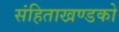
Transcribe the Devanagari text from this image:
संहिताखण्डको